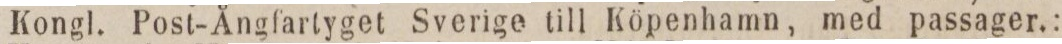
Kongl. Post-Ångfartyget Sverige till Köpenhamn, med passager.: